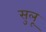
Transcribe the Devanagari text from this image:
सुलू